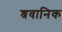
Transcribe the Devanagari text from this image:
श्रवानिक